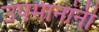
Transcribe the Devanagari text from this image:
उपमानांनी